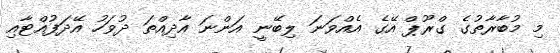
މި މުބާރާތުގެ ގްރޫޕް އޭގެ އެއްވަނަ ލިބޭނީ އަންނަ އާދިއްތަ ދުވަހު އޭދަފުއްޓާއި